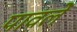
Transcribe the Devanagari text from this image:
पावलें